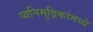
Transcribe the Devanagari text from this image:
ध्वनिमुद्रिकांमध्ये